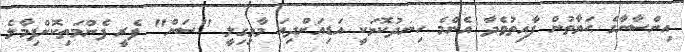
އިންސާނާގެ ޙަޔާތުން ފާއިތުވެދާ އެންމެ ހިނދުކޮޅަކީ އަޑިއަށްދިއަ މާމިގިލީ "ސަން" ފެރީ ފެންމަތިކޮށްފިމާލެ